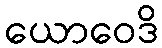
ယောဝေဒိ